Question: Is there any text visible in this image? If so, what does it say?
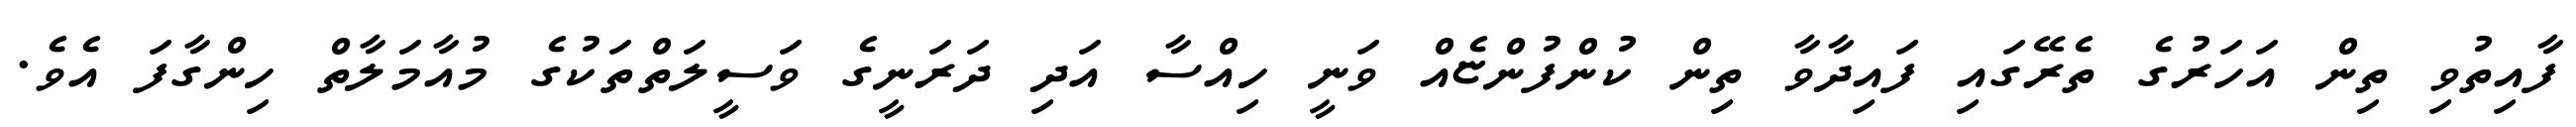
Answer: ފާއިތުވި ތިން އަހަރުގެ ތެރޭގައި ފައިދާވާ ތިން ކުންފުންޏެއް ވަނީ ހިއްސާ އަދި ދަރަނީގެ ވަސީލަތްތަކުގެ މުއާމަލާތް ހިންގާފަ އެވެ.